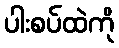
ပါးစပ်ထဲကို